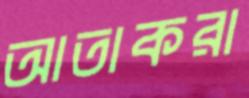
আতাকরা